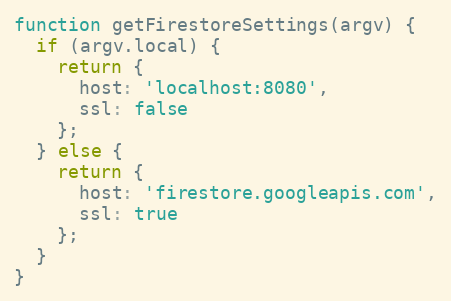
Language: JavaScript
function getFirestoreSettings(argv) {
  if (argv.local) {
    return {
      host: 'localhost:8080',
      ssl: false
    };
  } else {
    return {
      host: 'firestore.googleapis.com',
      ssl: true
    };
  }
}